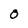
Character: O